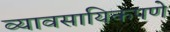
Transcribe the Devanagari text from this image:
व्यावसायिकपणे